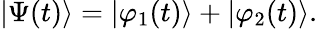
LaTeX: \left|\Psi(t)\right\rangle=\left|\varphi_{1}(t)\right\rangle+\left|\varphi_{2}(t)\right\rangle.